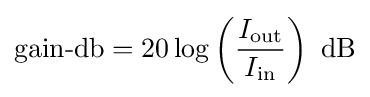
{\text{gain-db}}=20\log \left({\frac {I_{\text{out}}}{I_{\text{in}}}}\right)~{\text{dB}}